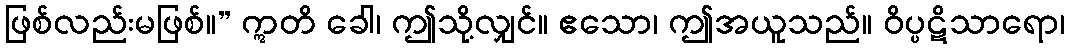
ဖြစ်လည်းမဖြစ်။” ဣတိ ခေါ၊ ဤသို့လျှင်။ ဧသော၊ ဤအယူသည်။ ဝိပ္ပဋိသာရော၊